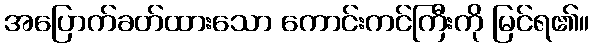
အပြောက်ခတ်ထားသော ကောင်းကင်ကြီးကို မြင်ရ၏။